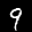
Label: 9